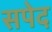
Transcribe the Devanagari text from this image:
सपेद